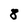
Character: 8